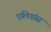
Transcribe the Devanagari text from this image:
एलियांस